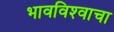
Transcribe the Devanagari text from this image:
भावविश्‍वाचा